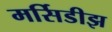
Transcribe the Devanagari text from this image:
मर्सिडीझ